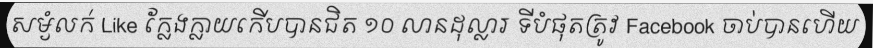
សម្ងំលក់ Like ក្លែងក្លាយកើបបានជិត ១០ លានដុល្លារ ទីបំផុតត្រូវ Facebook ចាប់បានហើយ